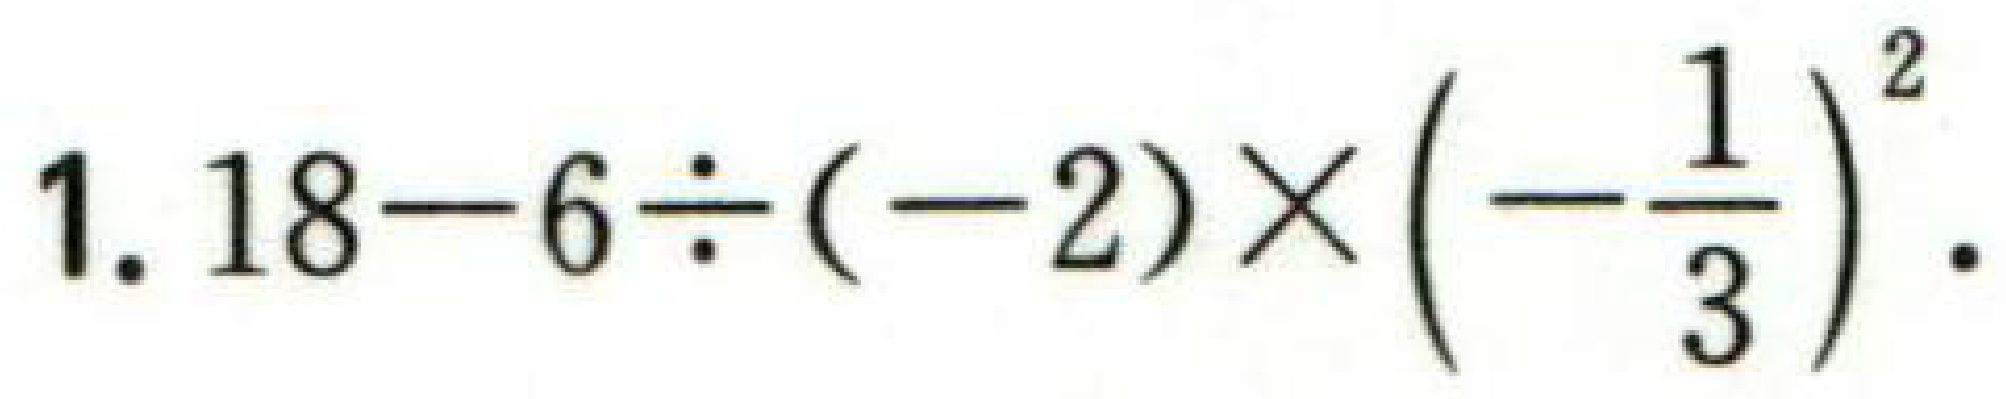
$1.18 - 6\div(-2)\times\left(-\frac{1}{3}\right)^{2}.$